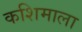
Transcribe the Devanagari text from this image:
कशिमाला